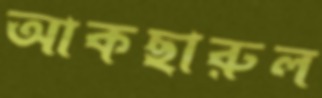
আকছারুল